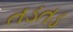
તડતડ